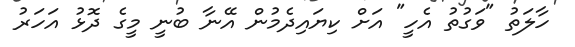
ހާލަތު "ވަގުތު އެހީ" އަށް ކިޔައިދެމުން އޭނާ ބުނީ މީގެ ދޮޅު އަހަރު